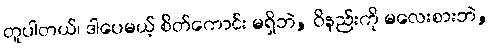
တူပါတယ်၊ ဒါပေမယ့် စိတ်ကောင်း မရှိဘဲ, ဝိနည်းကို မလေးစားဘဲ,